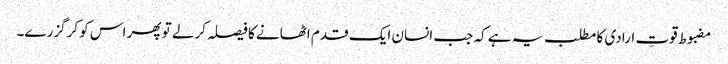
مضبوط قوتِ ارادی کا مطلب یہ ہے کہ جب انسان ایک قدم اٹھانے کا فیصلہ کرلے تو پھر اس کو کرگزرے۔